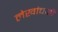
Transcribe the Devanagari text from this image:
लेखांचाही